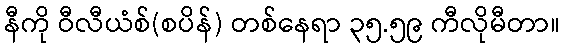
နီကို ဝီလီယံစ်(စပိန်) တစ်နေရာ ၃၅.၅၉ ကီလိုမီတာ။